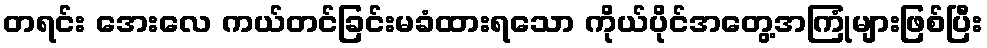
တရင်း အေးလေ ကယ်တင်ခြင်းမခံထားရသော ကိုယ်ပိုင်အတွေ့အကြုံများဖြစ်ပြီး